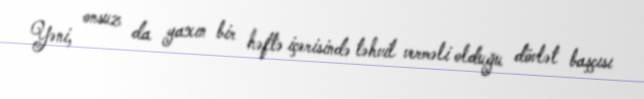
Yəni, onsuz da yaxın bir həftə içərisində təhvil verməli olduğu dövlət başçısı